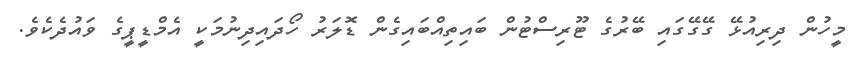
މީހުން ދިރިއުޅޭ ގޭގޭގައި ބޭރުގެ ޓޫރިސްޓުން ބައިތިއްބައިގެން ޑޮލަރު ހޯދައިދިނުމަކީ އެމްޑީޕީގެ ވައުދެކެވެ.